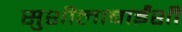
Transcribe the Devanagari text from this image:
सुशीलाबाईंशी